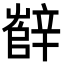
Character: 辥